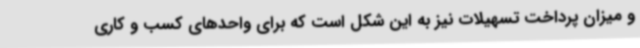
و میزان پرداخت تسهیلات نیز به این شکل است که برای واحدهای کسب و کاری